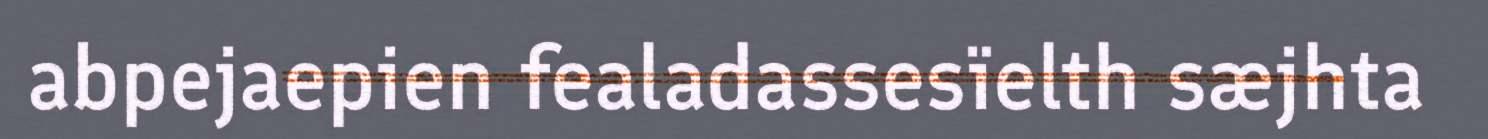
abpejaepien fealadassesïelth sæjhta